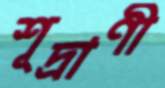
শূদ্রাণী